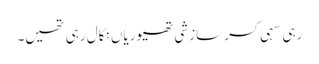
رہی سہی کسر سازشی تھیوریاں نکال رہی تھیں۔